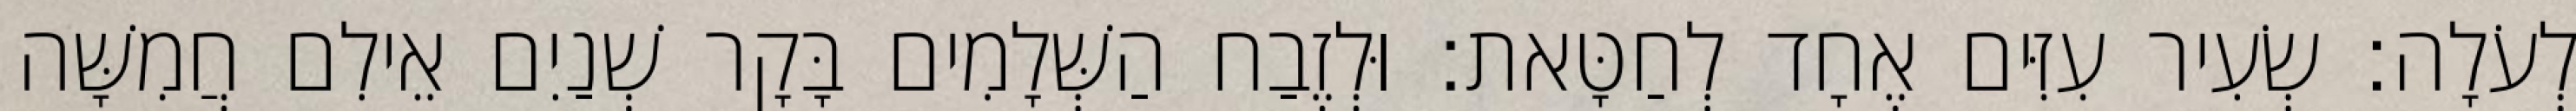
לְעֹלָה׃ שְׂעִיר עִזִּים אֶחָד לְחַטָּאת׃ וּלְזֶבַח הַשְּׁלָמִים בָּקָר שְׁנַיִם אֵילִם חֲמִשָּׁה